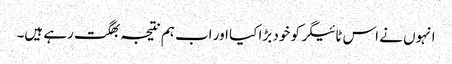
انہوں نے اس ٹائیگر کو خود بڑا کیا اور اب ہم نتیجہ بھگت رہے ہیں۔